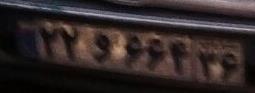
۲۲و۶۶۴۳۶